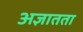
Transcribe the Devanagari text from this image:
अज्ञातता